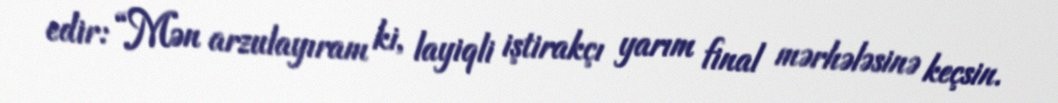
edir: “Mən arzulayıram ki, layiqli iştirakçı yarım final mərhələsinə keçsin.